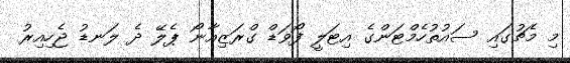
މި މެޗުގައި ސައުތުހެމްޓަންގެ އިޓަލީ ފޯވަޑް ގްރަޒިއާނޯ ޕެލޭ ދެ ލަނޑު ޖެހިއިރު